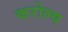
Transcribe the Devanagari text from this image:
करोल्य